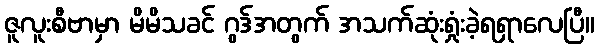
ဇူလူးစီဗာမှာ မိမိသခင် ဂွဒ်အတွက် အသက်ဆုံးရှုံးခဲ့ရရှာလေပြီ။